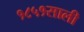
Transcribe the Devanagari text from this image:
१८५१साली